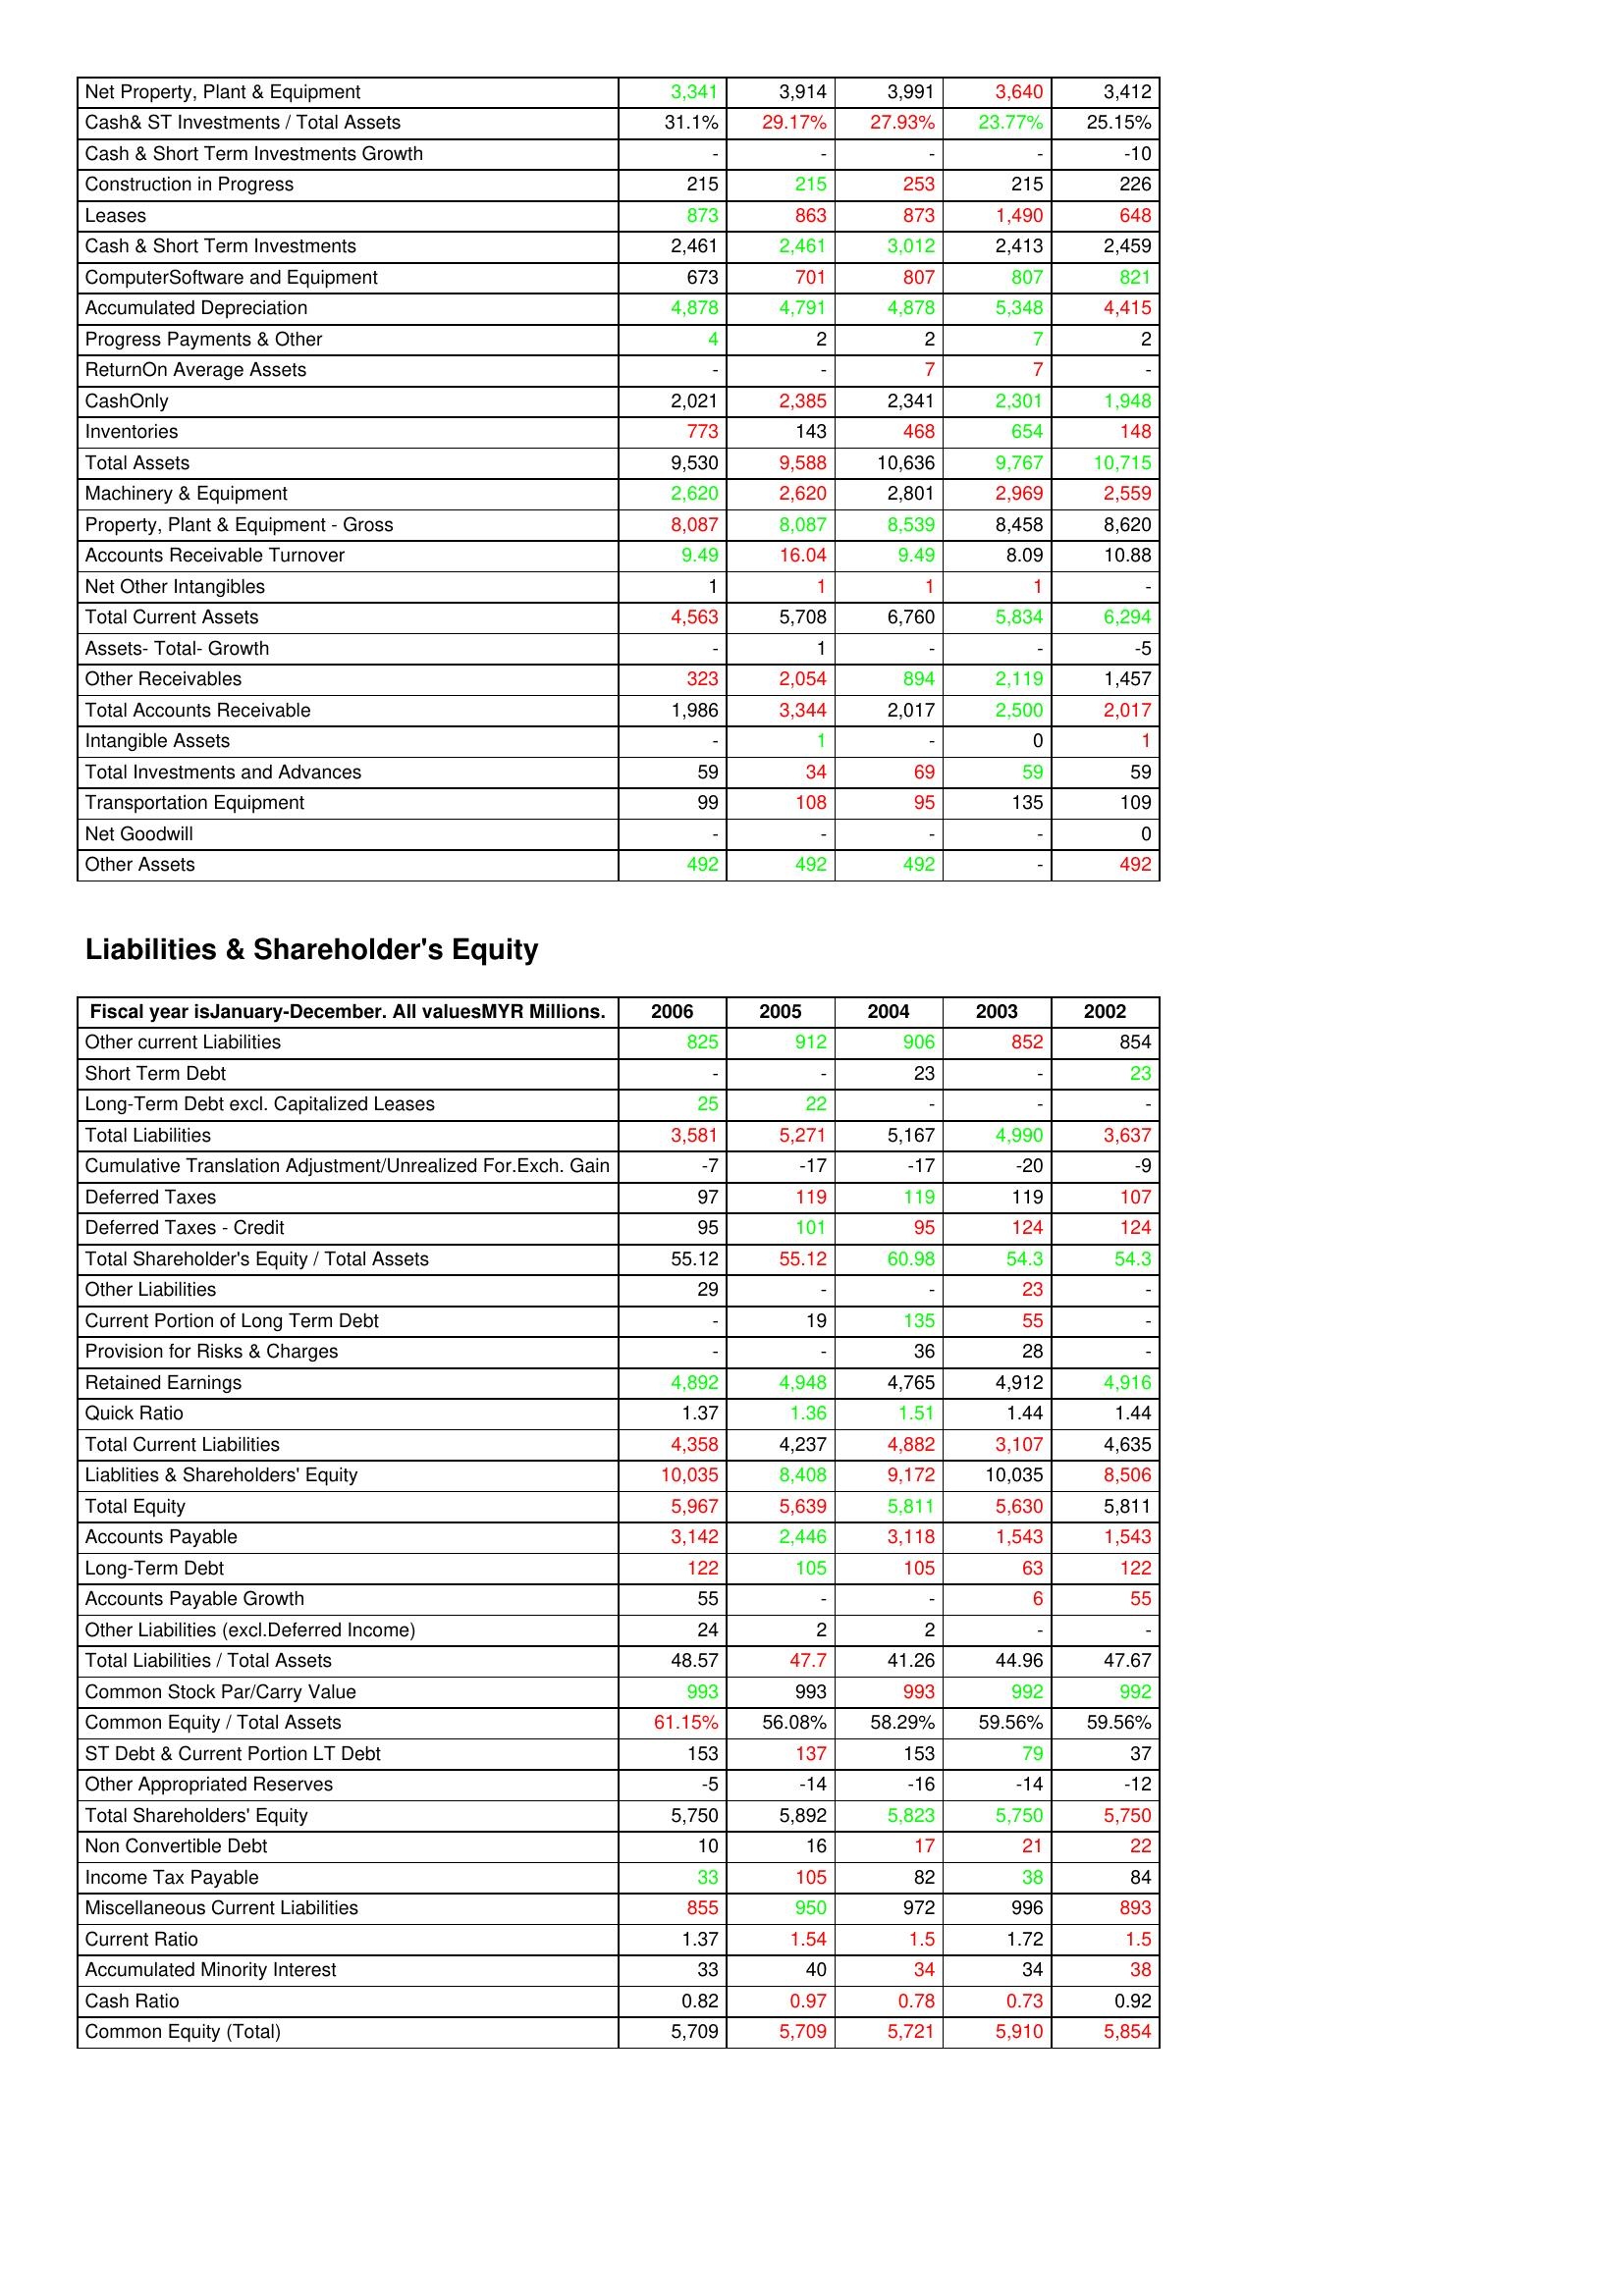
gt_parse: 2006: Assets: Net Property, Plant & Equipment: 3,341
Cash& ST Investments / Total Assets: 31.1%
Cash & Short Term Investments Growth: -
Construction in Progress: 215
Leases: 873
Cash & Short Term Investments: 2,461
ComputerSoftware and Equipment: 673
Accumulated Depreciation: 4,878
Progress Payments & Other: 4
ReturnOn Average Assets: -
CashOnly: 2,021
Inventories: 773
Total Assets: 9,530
Machinery & Equipment: 2,620
Property, Plant & Equipment - Gross : 8,087
Accounts Receivable Turnover: 9.49
Net Other Intangibles: 1
Total Current Assets: 4,563
Assets- Total- Growth: -
Other Receivables: 323
Total Accounts Receivable: 1,986
Intangible Assets: -
Total Investments and Advances: 59
Transportation Equipment: 99
Net Goodwill: -
Other Assets: 492
Liabilities & Shareholder's Equity: Other current Liabilities: 825
Short Term Debt: -
Long-Term Debt excl. Capitalized Leases: 25
Total Liabilities: 3,581
Cumulative Translation Adjustment/Unrealized For.Exch. Gain: -7
Deferred Taxes: 97
Deferred Taxes - Credit: 95
Total Shareholder's Equity / Total Assets: 55.12
Other Liabilities: 29
Current Portion of Long Term Debt: -
Provision for Risks & Charges: -
Retained Earnings: 4,892
Quick Ratio: 1.37
Total Current Liabilities: 4,358
Liablities & Shareholders' Equity: 10,035
Total Equity: 5,967
Accounts Payable: 3,142
Long-Term Debt: 122
Accounts Payable Growth: 55
Other Liabilities (excl.Deferred Income): 24
Total Liabilities / Total Assets: 48.57
Common Stock Par/Carry Value: 993
Common Equity / Total Assets: 61.15%
ST Debt & Current Portion LT Debt: 153
Other Appropriated Reserves: -5
Total Shareholders' Equity: 5,750
Non Convertible Debt: 10
Income Tax Payable: 33
Miscellaneous Current Liabilities: 855
Current Ratio: 1.37
Accumulated Minority Interest: 33
Cash Ratio: 0.82
Common Equity (Total): 5,709
2005: Assets: Net Property, Plant & Equipment: 3,914
Cash& ST Investments / Total Assets: 29.17%
Cash & Short Term Investments Growth: -
Construction in Progress: 215
Leases: 863
Cash & Short Term Investments: 2,461
ComputerSoftware and Equipment: 701
Accumulated Depreciation: 4,791
Progress Payments & Other: 2
ReturnOn Average Assets: -
CashOnly: 2,385
Inventories: 143
Total Assets: 9,588
Machinery & Equipment: 2,620
Property, Plant & Equipment - Gross : 8,087
Accounts Receivable Turnover: 16.04
Net Other Intangibles: 1
Total Current Assets: 5,708
Assets- Total- Growth: 1
Other Receivables: 2,054
Total Accounts Receivable: 3,344
Intangible Assets: 1
Total Investments and Advances: 34
Transportation Equipment: 108
Net Goodwill: -
Other Assets: 492
Liabilities & Shareholder's Equity: Other current Liabilities: 912
Short Term Debt: -
Long-Term Debt excl. Capitalized Leases: 22
Total Liabilities: 5,271
Cumulative Translation Adjustment/Unrealized For.Exch. Gain: -17
Deferred Taxes: 119
Deferred Taxes - Credit: 101
Total Shareholder's Equity / Total Assets: 55.12
Other Liabilities: -
Current Portion of Long Term Debt: 19
Provision for Risks & Charges: -
Retained Earnings: 4,948
Quick Ratio: 1.36
Total Current Liabilities: 4,237
Liablities & Shareholders' Equity: 8,408
Total Equity: 5,639
Accounts Payable: 2,446
Long-Term Debt: 105
Accounts Payable Growth: -
Other Liabilities (excl.Deferred Income): 2
Total Liabilities / Total Assets: 47.7
Common Stock Par/Carry Value: 993
Common Equity / Total Assets: 56.08%
ST Debt & Current Portion LT Debt: 137
Other Appropriated Reserves: -14
Total Shareholders' Equity: 5,892
Non Convertible Debt: 16
Income Tax Payable: 105
Miscellaneous Current Liabilities: 950
Current Ratio: 1.54
Accumulated Minority Interest: 40
Cash Ratio: 0.97
Common Equity (Total): 5,709
2004: Assets: Net Property, Plant & Equipment: 3,991
Cash& ST Investments / Total Assets: 27.93%
Cash & Short Term Investments Growth: -
Construction in Progress: 253
Leases: 873
Cash & Short Term Investments: 3,012
ComputerSoftware and Equipment: 807
Accumulated Depreciation: 4,878
Progress Payments & Other: 2
ReturnOn Average Assets: 7
CashOnly: 2,341
Inventories: 468
Total Assets: 10,636
Machinery & Equipment: 2,801
Property, Plant & Equipment - Gross : 8,539
Accounts Receivable Turnover: 9.49
Net Other Intangibles: 1
Total Current Assets: 6,760
Assets- Total- Growth: -
Other Receivables: 894
Total Accounts Receivable: 2,017
Intangible Assets: -
Total Investments and Advances: 69
Transportation Equipment: 95
Net Goodwill: -
Other Assets: 492
Liabilities & Shareholder's Equity: Other current Liabilities: 906
Short Term Debt: 23
Long-Term Debt excl. Capitalized Leases: -
Total Liabilities: 5,167
Cumulative Translation Adjustment/Unrealized For.Exch. Gain: -17
Deferred Taxes: 119
Deferred Taxes - Credit: 95
Total Shareholder's Equity / Total Assets: 60.98
Other Liabilities: -
Current Portion of Long Term Debt: 135
Provision for Risks & Charges: 36
Retained Earnings: 4,765
Quick Ratio: 1.51
Total Current Liabilities: 4,882
Liablities & Shareholders' Equity: 9,172
Total Equity: 5,811
Accounts Payable: 3,118
Long-Term Debt: 105
Accounts Payable Growth: -
Other Liabilities (excl.Deferred Income): 2
Total Liabilities / Total Assets: 41.26
Common Stock Par/Carry Value: 993
Common Equity / Total Assets: 58.29%
ST Debt & Current Portion LT Debt: 153
Other Appropriated Reserves: -16
Total Shareholders' Equity: 5,823
Non Convertible Debt: 17
Income Tax Payable: 82
Miscellaneous Current Liabilities: 972
Current Ratio: 1.5
Accumulated Minority Interest: 34
Cash Ratio: 0.78
Common Equity (Total): 5,721
2003: Assets: Net Property, Plant & Equipment: 3,640
Cash& ST Investments / Total Assets: 23.77%
Cash & Short Term Investments Growth: -
Construction in Progress: 215
Leases: 1,490
Cash & Short Term Investments: 2,413
ComputerSoftware and Equipment: 807
Accumulated Depreciation: 5,348
Progress Payments & Other: 7
ReturnOn Average Assets: 7
CashOnly: 2,301
Inventories: 654
Total Assets: 9,767
Machinery & Equipment: 2,969
Property, Plant & Equipment - Gross : 8,458
Accounts Receivable Turnover: 8.09
Net Other Intangibles: 1
Total Current Assets: 5,834
Assets- Total- Growth: -
Other Receivables: 2,119
Total Accounts Receivable: 2,500
Intangible Assets: 0
Total Investments and Advances: 59
Transportation Equipment: 135
Net Goodwill: -
Other Assets: -
Liabilities & Shareholder's Equity: Other current Liabilities: 852
Short Term Debt: -
Long-Term Debt excl. Capitalized Leases: -
Total Liabilities: 4,990
Cumulative Translation Adjustment/Unrealized For.Exch. Gain: -20
Deferred Taxes: 119
Deferred Taxes - Credit: 124
Total Shareholder's Equity / Total Assets: 54.3
Other Liabilities: 23
Current Portion of Long Term Debt: 55
Provision for Risks & Charges: 28
Retained Earnings: 4,912
Quick Ratio: 1.44
Total Current Liabilities: 3,107
Liablities & Shareholders' Equity: 10,035
Total Equity: 5,630
Accounts Payable: 1,543
Long-Term Debt: 63
Accounts Payable Growth: 6
Other Liabilities (excl.Deferred Income): -
Total Liabilities / Total Assets: 44.96
Common Stock Par/Carry Value: 992
Common Equity / Total Assets: 59.56%
ST Debt & Current Portion LT Debt: 79
Other Appropriated Reserves: -14
Total Shareholders' Equity: 5,750
Non Convertible Debt: 21
Income Tax Payable: 38
Miscellaneous Current Liabilities: 996
Current Ratio: 1.72
Accumulated Minority Interest: 34
Cash Ratio: 0.73
Common Equity (Total): 5,910
2002: Assets: Net Property, Plant & Equipment: 3,412
Cash& ST Investments / Total Assets: 25.15%
Cash & Short Term Investments Growth: -10
Construction in Progress: 226
Leases: 648
Cash & Short Term Investments: 2,459
ComputerSoftware and Equipment: 821
Accumulated Depreciation: 4,415
Progress Payments & Other: 2
ReturnOn Average Assets: -
CashOnly: 1,948
Inventories: 148
Total Assets: 10,715
Machinery & Equipment: 2,559
Property, Plant & Equipment - Gross : 8,620
Accounts Receivable Turnover: 10.88
Net Other Intangibles: -
Total Current Assets: 6,294
Assets- Total- Growth: -5
Other Receivables: 1,457
Total Accounts Receivable: 2,017
Intangible Assets: 1
Total Investments and Advances: 59
Transportation Equipment: 109
Net Goodwill: 0
Other Assets: 492
Liabilities & Shareholder's Equity: Other current Liabilities: 854
Short Term Debt: 23
Long-Term Debt excl. Capitalized Leases: -
Total Liabilities: 3,637
Cumulative Translation Adjustment/Unrealized For.Exch. Gain: -9
Deferred Taxes: 107
Deferred Taxes - Credit: 124
Total Shareholder's Equity / Total Assets: 54.3
Other Liabilities: -
Current Portion of Long Term Debt: -
Provision for Risks & Charges: -
Retained Earnings: 4,916
Quick Ratio: 1.44
Total Current Liabilities: 4,635
Liablities & Shareholders' Equity: 8,506
Total Equity: 5,811
Accounts Payable: 1,543
Long-Term Debt: 122
Accounts Payable Growth: 55
Other Liabilities (excl.Deferred Income): -
Total Liabilities / Total Assets: 47.67
Common Stock Par/Carry Value: 992
Common Equity / Total Assets: 59.56%
ST Debt & Current Portion LT Debt: 37
Other Appropriated Reserves: -12
Total Shareholders' Equity: 5,750
Non Convertible Debt: 22
Income Tax Payable: 84
Miscellaneous Current Liabilities: 893
Current Ratio: 1.5
Accumulated Minority Interest: 38
Cash Ratio: 0.92
Common Equity (Total): 5,854